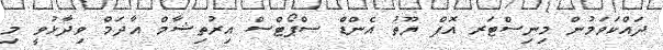
ދައްކަވަމުން މިނިސްޓަރ އޮފް ޔޫތު އެންޑް ސްޕޯޓްސް އިރުތިޝާމް އާދަމް ވިދާޅުވީ މި